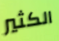
الكثير